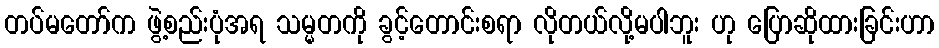
တပ်မတော်က ဖွဲ့စည်းပုံအရ သမ္မတကို ခွင့်တောင်းစရာ လိုတယ်လို့မပါဘူး ဟု ပြောဆိုထားခြင်းဟာ